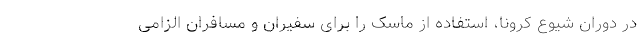
در دوران شیوع کرونا، استفاده از ماسک را برای سفیران و مسافران الزامی